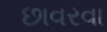
છાવરવા